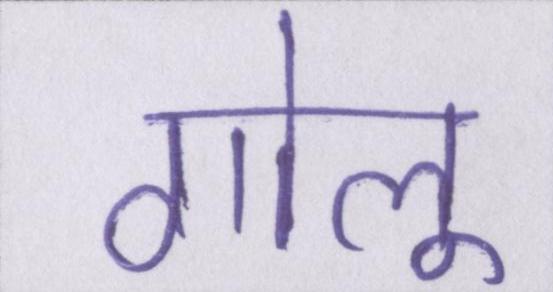
गोलू